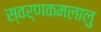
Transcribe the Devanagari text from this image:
स्वर्णकमलालु